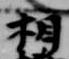
相